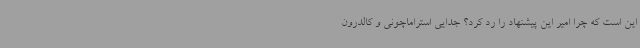
این است که چرا امیر این پیشنهاد را رد کرد؟ جدایی استراماچونی و کالدرون